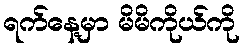
ရက်နေ့မှာ မိမိကိုယ်ကို